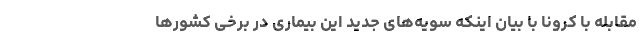
مقابله با کرونا با بیان اینکه سویه‌های جدید این بیماری در برخی کشورها